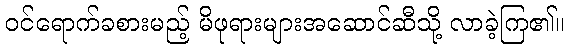
ဝင်ရောက်ခစားမည့် မိဖုရားများအဆောင်ဆီသို့ လာခဲ့ကြ၏။